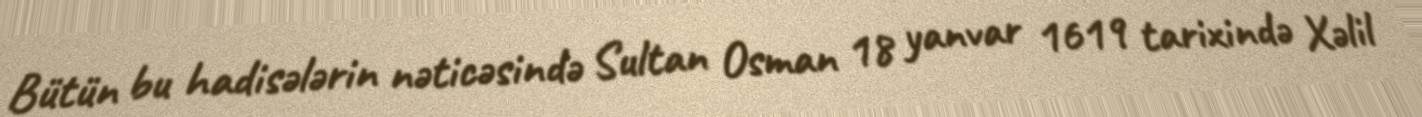
Bütün bu hadisələrin nəticəsində Sultan Osman 18 yanvar 1619 tarixində Xəlil